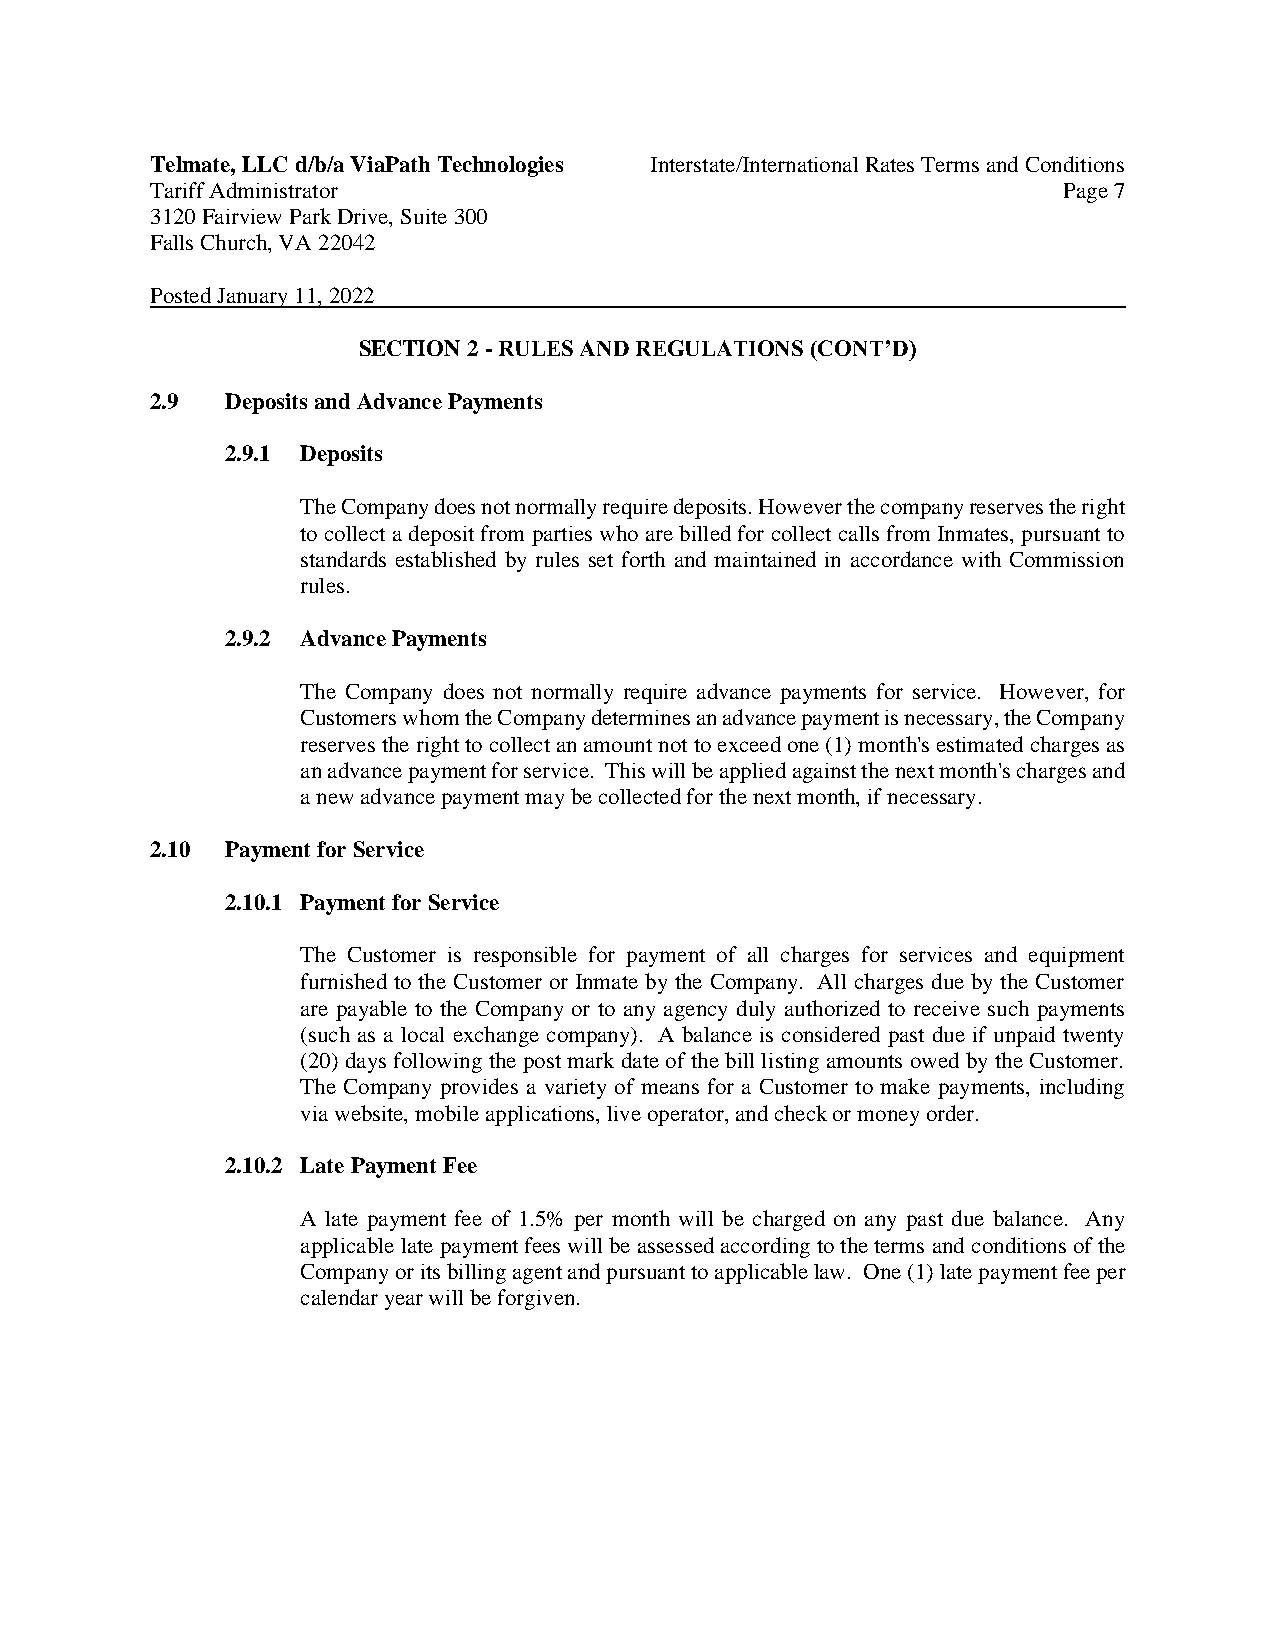
Telmate, LLC d/b/a ViaPath Technologies Interstate/International Rates Terms and Conditions
 Tariff Administrator                                        Page 7
 3120 Fairview Park Drive, Suite 300
 Falls Church, VA 22042
 Posted January 11, 2022
 SECTION 2 - RULES AND REGULATIONS (CONT’D)
 2.9  Deposits and Advance Payments
 2.9.1 Deposits
 The Company does not normally require deposits. However the company reserves the right
 to collect a deposit from parties who are billed for collect calls from Inmates, pursuant to
 standards established by rules set forth and maintained in accordance with Commission
 rules.
 2.9.2 Advance Payments
 The Company does not normally require advance payments for service. However, for
 Customers whom the Company determines an advance payment is necessary, the Company
 reserves the right to collect an amount not to exceed one (1) month's estimated charges as
 an advance payment for service. This will be applied against the next month's charges and
 a new advance payment may be collected for the next month, if necessary.
 2.10 Payment for Service
 2.10.1 Payment for Service
 The Customer is responsible for payment of all charges for services and equipment
 furnished to the Customer or Inmate by the Company. All charges due by the Customer
 are payable to the Company or to any agency duly authorized to receive such payments
 (such as a local exchange company). A balance is considered past due if unpaid twenty
 (20) days following the post mark date of the bill listing amounts owed by the Customer.
 The Company provides a variety of means for a Customer to make payments, including
 via website, mobile applications, live operator, and check or money order.
 2.10.2 Late Payment Fee
 A late payment fee of 1.5% per month will be charged on any past due balance. Any
 applicable late payment fees will be assessed according to the terms and conditions of the
 Company or its billing agent and pursuant to applicable law. One (1) late payment fee per
 calendar year will be forgiven.